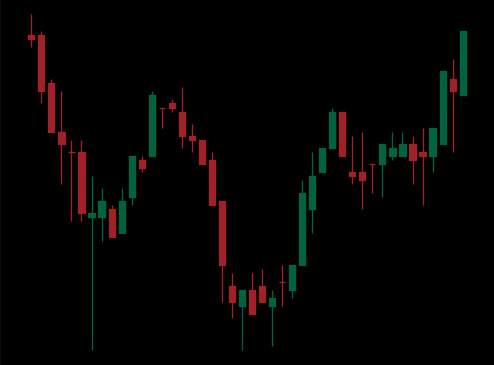
Pattern: inverse_head_shoulders